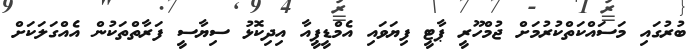
ބުރުގައި މަސައްކަތްކުރުމަށް ޖުމްހޫރީ ޕާޓީ ފިޔަވައި އެމްޑީޕީއާ އިދިކޮޅު ސިޔާސީ ފަރާތްތަކުން އެއްގަލަކަށް